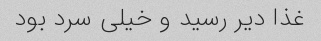
غذا دیر رسید و خیلی سرد بود